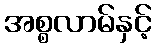
အစ္စလာမ်နှင့်